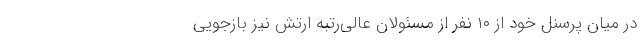
در میان پرسنل خود از ۱۰ نفر از مسئولان عالی‌رتبه ارتش نیز بازجویی